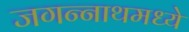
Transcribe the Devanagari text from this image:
जगन्‍नाथमध्ये